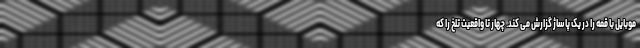
موبایل با قمه را در یک پاساژ گزارش می کند. چهار تا واقعیت تلخ را که